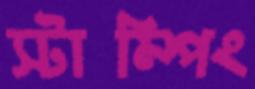
স্টাম্পিং